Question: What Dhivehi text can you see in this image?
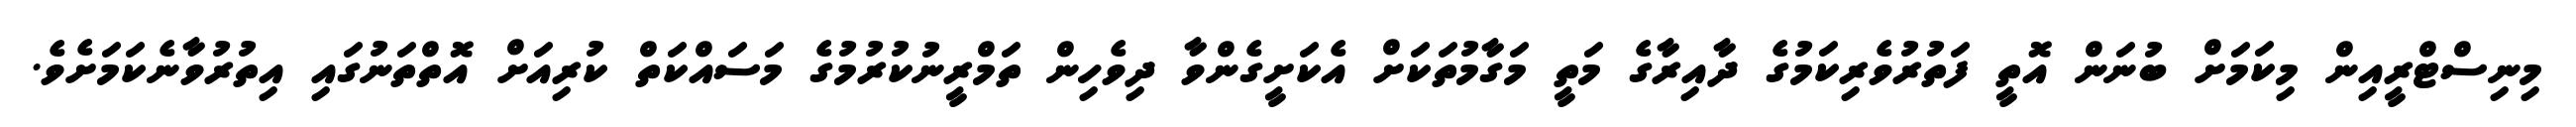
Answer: މިނިސްޓްރީއިން މިކަމަށް ބުނަން އޮތީ ފަތުރުވެރިކަމުގެ ދާއިރާގެ މަތީ މަގާމުތަކަށް އެކަށީގެންވާ ދިވެހިން ތަމްރީނުކުރުމުގެ މަސައްކަތް ކުރިއަށް އޮތްތަނުގައި އިތުރުވާނެކަމަށެވެ.